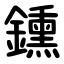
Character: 鑂